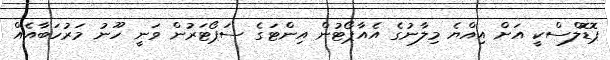
ޕޮޑޮލްސްކީ އަށް އިއްޔެ މިލާނުގެ އެއާޕޯޓުން އިންޓަގެ ސަޕޯޓަރުން ވަނީ ހޫނު މަރުހަބާއެއް